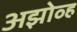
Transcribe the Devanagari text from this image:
अझोव्ह